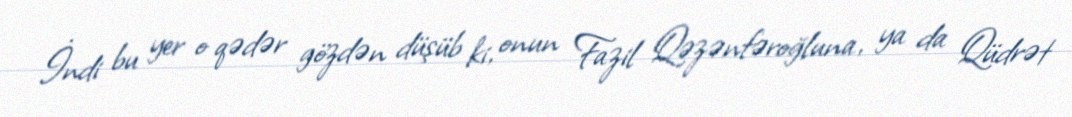
İndi bu yer o qədər gözdən düşüb ki, onun Fazil Qəzənfəroğluna, ya da Qüdrət